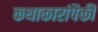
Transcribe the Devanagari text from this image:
कथाकारांपैकी